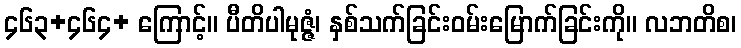
၄၆၃+၄၆၄+ ကြောင့်။ ပီတိပါမုဇ္ဇံ၊ နှစ်သက်ခြင်းဝမ်းမြောက်ခြင်းကို။ လဘတိစ၊